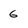
Character: 6